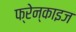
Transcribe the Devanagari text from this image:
फ्रेन्‍काइज